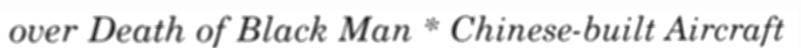
over Death of Black Man * Chinese-built Aircraft